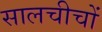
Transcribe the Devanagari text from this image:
सालचीचों